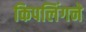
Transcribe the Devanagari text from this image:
किपलिंगने